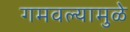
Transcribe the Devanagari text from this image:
गमवल्यामुळे